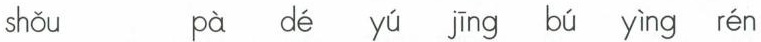
shǒu pà dé yú jīng bú yìng rén